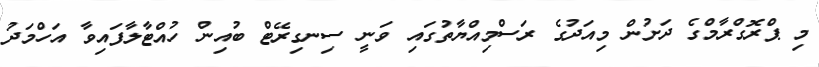
މި ޕްރޮގްރާމްގެ ދަށުން މިއަދުގެ ރަސްމިއްޔާތުގައި ވަަނީ ސިނގިރޭޓް ބުއިން ހުއްޓާލާފައިވާ އަހްމަދު